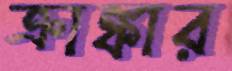
ক্রাঙ্কার